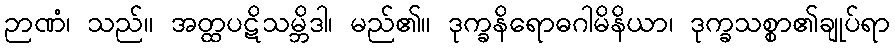
ဉာဏံ၊ သည်။ အတ္ထပဋိသမ္ဘိဒါ၊ မည်၏။ ဒုက္ခနိရောဓဂါမိနိယာ၊ ဒုက္ခသစ္စာ၏ချုပ်ရာ